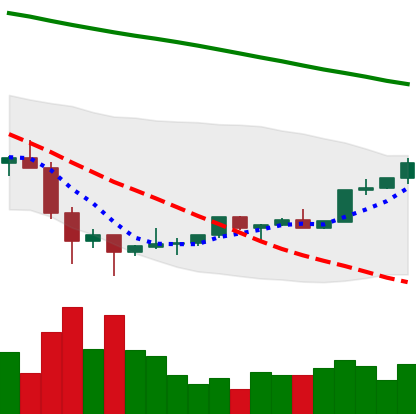
Ticker: TRX-USD
Chart end date: 2022-02-07
Forward return: -7.401%
Label: down_7plus